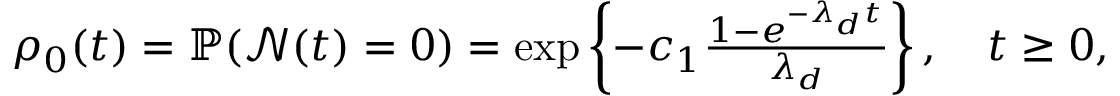
\begin{array} { r } { \rho _ { 0 } ( t ) = \mathbb { P } ( \mathcal { N } ( t ) = 0 ) = \exp \left\{ - c _ { 1 } \frac { 1 - e ^ { - \lambda _ { d } t } } { \lambda _ { d } } \right\} , \quad t \geq 0 , } \end{array}